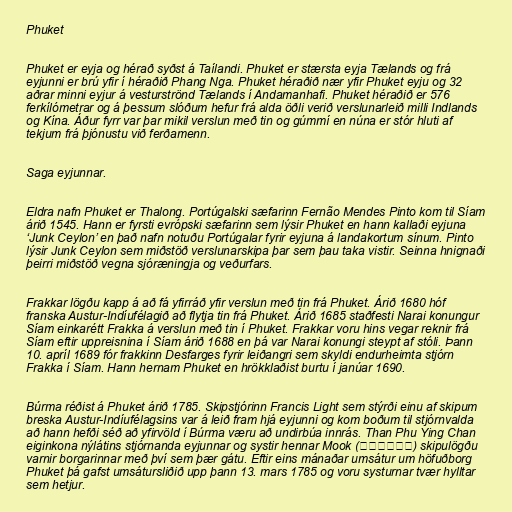
Phuket

Phuket er eyja og hérað syðst á Taílandi. Phuket er stærsta eyja Tælands og frá
eyjunni er brú yfir í héraðið Phang Nga. Phuket héraðið nær yfir Phuket eyju og 32
aðrar minni eyjur á vesturströnd Tælands í Andamanhafi. Phuket héraðið er 576
ferkílómetrar og á þessum slóðum hefur frá alda öðli verið verslunarleið milli Indlands
og Kína. Áður fyrr var þar mikil verslun með tin og gúmmí en núna er stór hluti af
tekjum frá þjónustu við ferðamenn.

Saga eyjunnar.

Eldra nafn Phuket er Thalong. Portúgalski sæfarinn Fernão Mendes Pinto kom til Síam
árið 1545. Hann er fyrsti evrópski sæfarinn sem lýsir Phuket en hann kallaði eyjuna
‘Junk Ceylon’ en það nafn notuðu Portúgalar fyrir eyjuna á landakortum sínum. Pinto
lýsir Junk Ceylon sem miðstöð verslunarskipa þar sem þau taka vistir. Seinna hnignaði
þeirri miðstöð vegna sjóræningja og veðurfars.

Frakkar lögðu kapp á að fá yfirráð yfir verslun með tin frá Phuket. Árið 1680 hóf
franska Austur-Indíufélagið að flytja tin frá Phuket. Árið 1685 staðfesti Narai konungur
Síam einkarétt Frakka á verslun með tin í Phuket. Frakkar voru hins vegar reknir frá
Síam eftir uppreisnina í Síam árið 1688 en þá var Narai konungi steypt af stóli. Þann
10. apríl 1689 fór frakkinn Desfarges fyrir leiðangri sem skyldi endurheimta stjórn
Frakka í Síam. Hann hernam Phuket en hrökklaðist burtu í janúar 1690.

Búrma réðist á Phuket árið 1785. Skipstjórinn Francis Light sem stýrði einu af skipum
breska Austur-Indíufélagsins var á leið fram hjá eyjunni og kom boðum til stjórnvalda
að hann hefði séð að yfirvöld í Búrma væru að undirbúa innrás. Than Phu Ying Chan
eiginkona nýlátins stjórnanda eyjunnar og systir hennar Mook (คุณมุก) skipulögðu
varnir borgarinnar með því sem þær gátu. Eftir eins mánaðar umsátur um höfuðborg
Phuket þá gafst umsátursliðið upp þann 13. mars 1785 og voru systurnar tvær hylltar
sem hetjur.